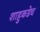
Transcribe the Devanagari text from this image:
शाहुकडेच